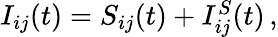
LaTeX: \begin{array}{r}{I_{ij}(t)=S_{ij}(t)+I_{ij}^{S}(t)\, ,}\end{array}